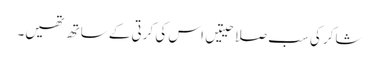
شاکر کی سب صلاحیتیں اس کی کرتی کے ساتھ تھیں۔